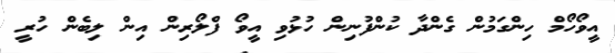
އީވޯހޯމް ހިންގަމުން ގެންދާ ކުންފުނިން ހުޅުވި އީވޯ ފްލޯރިން އިން ލިބެން ހުރީ